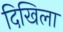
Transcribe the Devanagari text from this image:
दिखिला